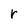
Character: r